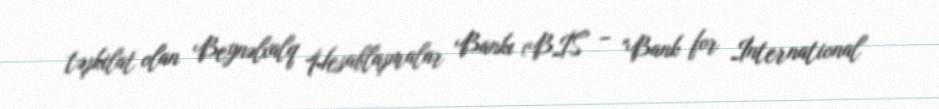
təşkilat olan Beynəlxalq Hesablaşmalar Bankı (BİS – "Bank for İnternational